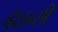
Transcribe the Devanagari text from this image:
व्हॅलन्सी